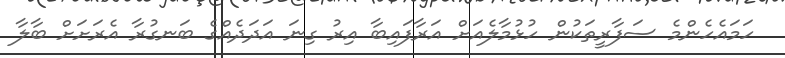
ހަމައެހެންމެ ސަފާރީތަކުން ހުޅުމާލެއަށް އަރާފައިބާ އިރު ގިނަ އަދަދެއްގެ ބަނގުރާ އެރަށަށް ބާލާ